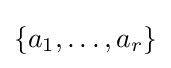
\{a_{1},\ldots ,a_{r}\}